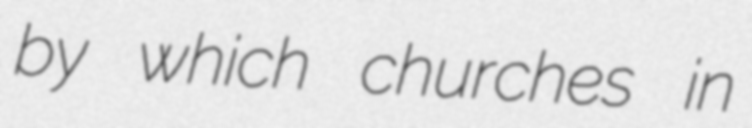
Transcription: by which churches in